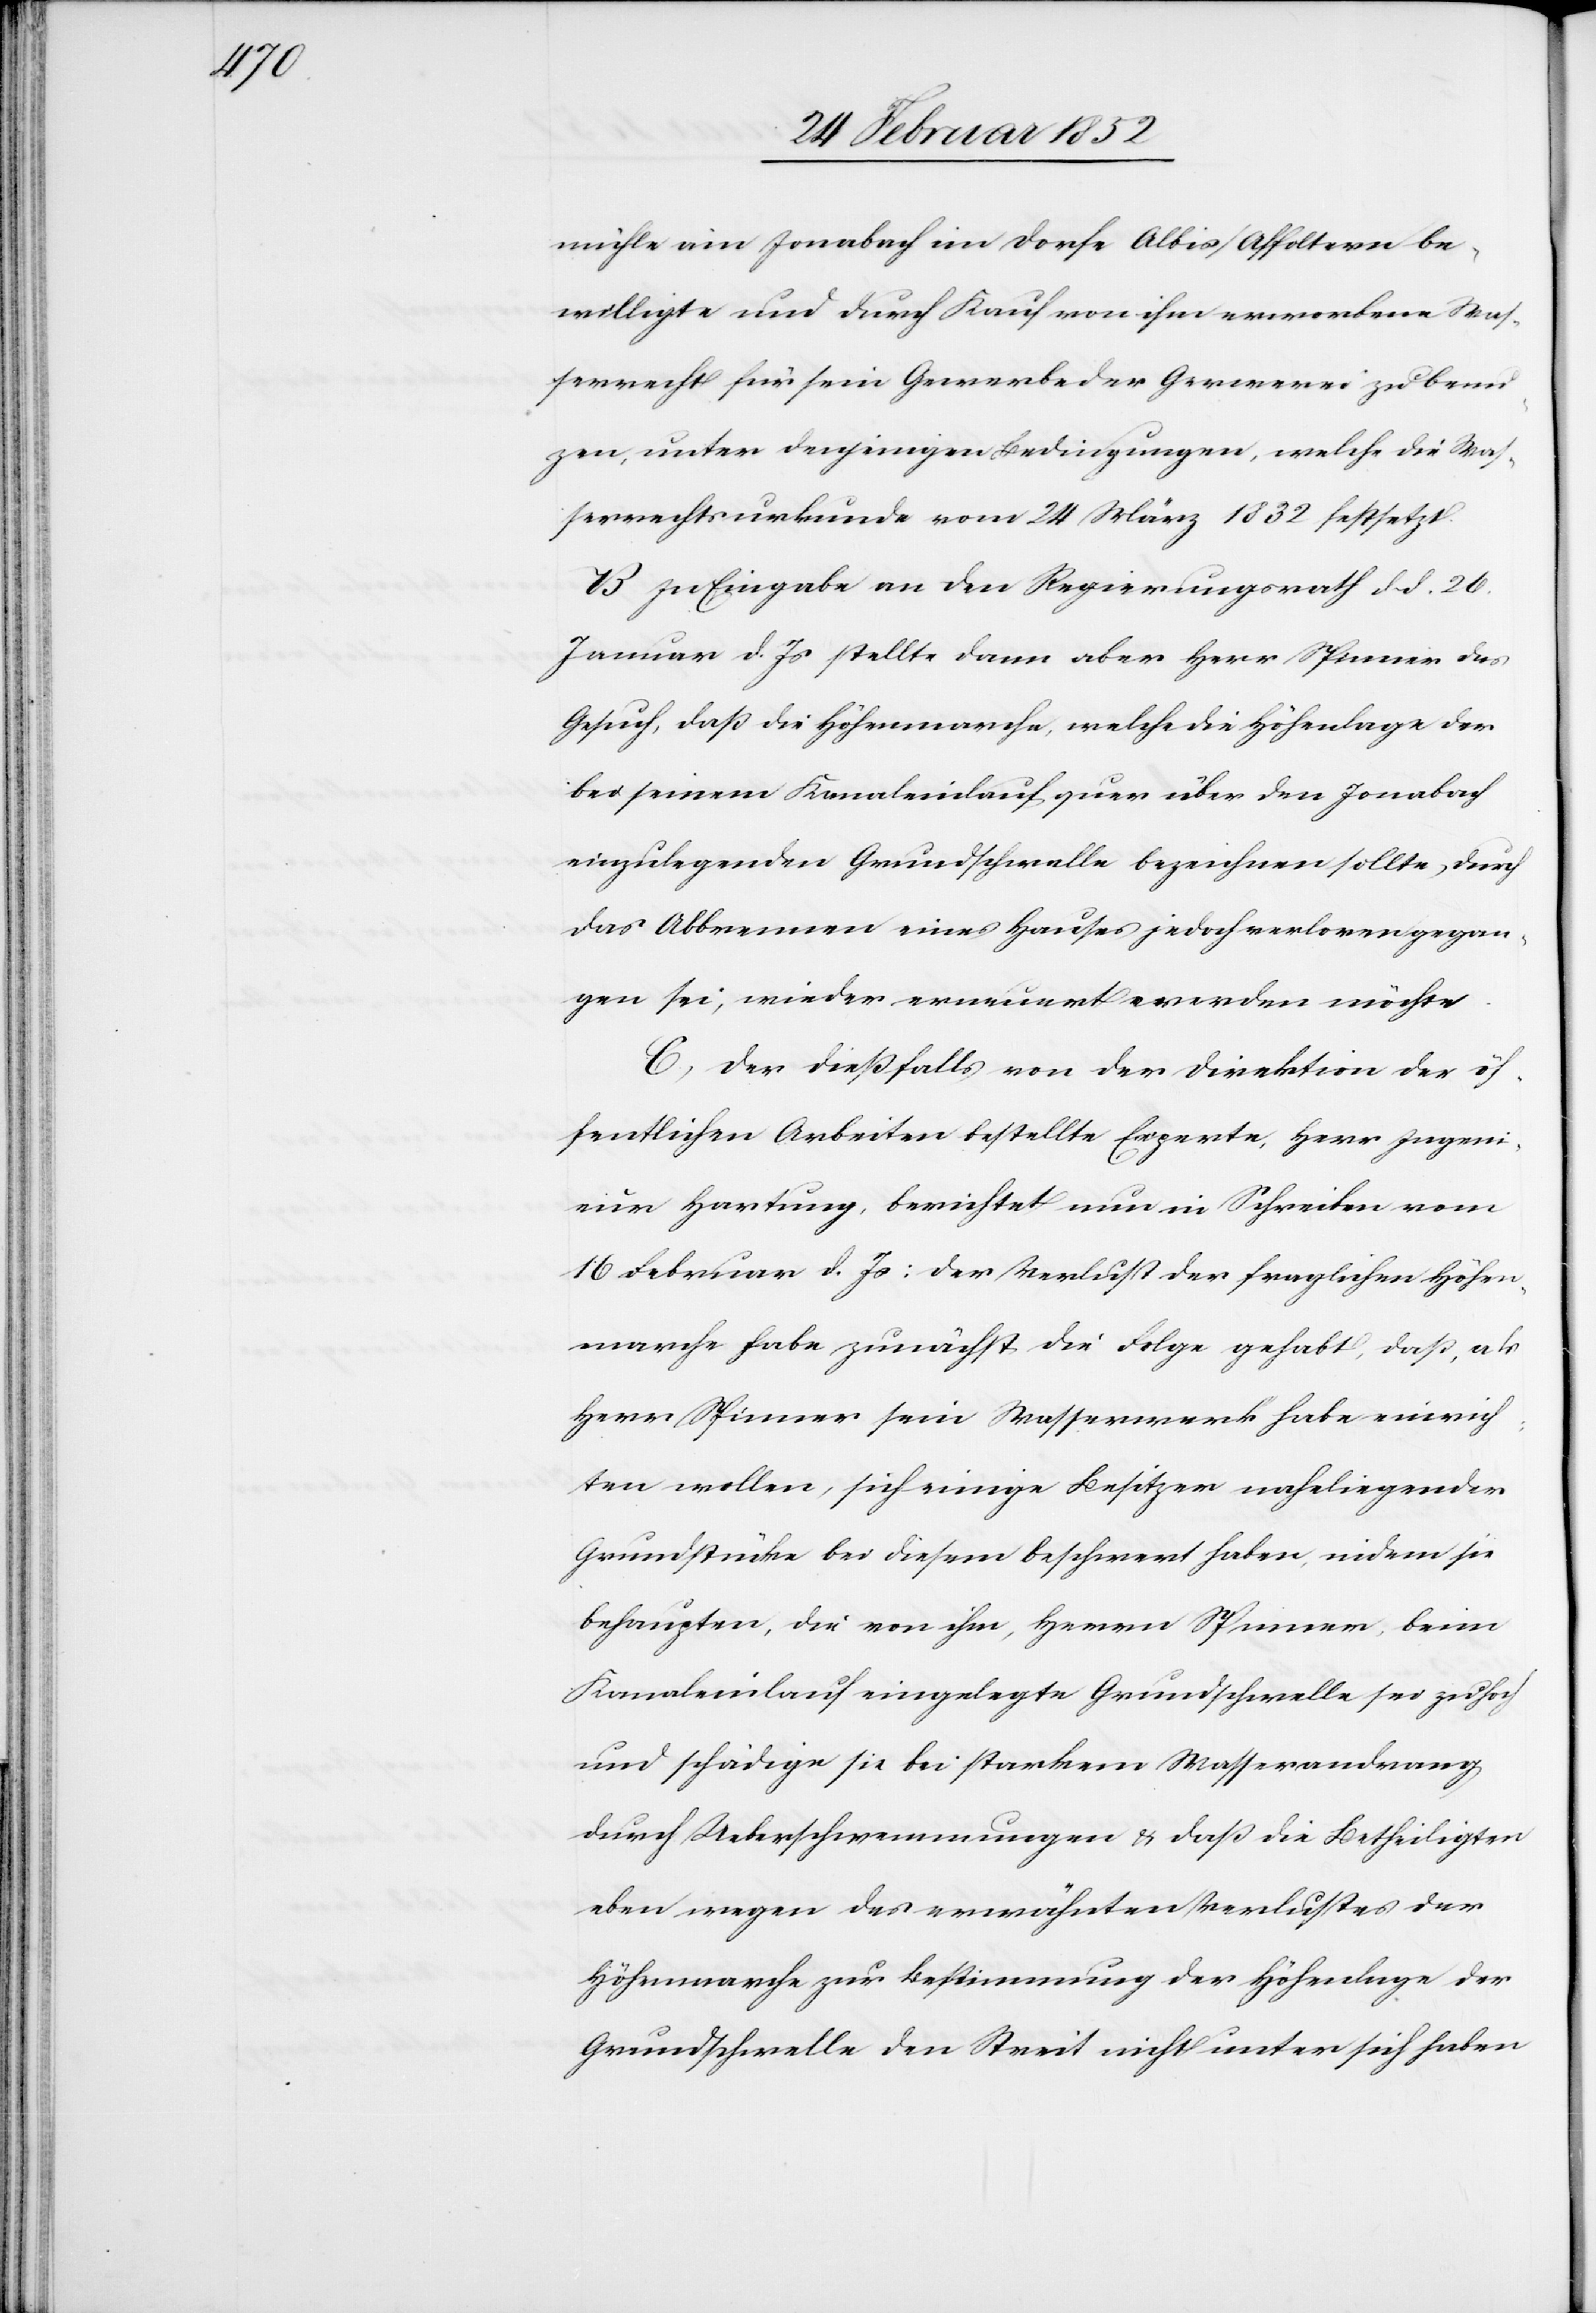
mühle im Jonabach im Dorfe Albis/Affoltern be¬
willigte und durch Kauf von ihm erworbene Was¬
serrecht für sein Gewerbe der Gerwerei zu benu[t]z¬
en, unter denjenigen Bedingungen, welche die Was¬
serrechtsurkunde vom 24 März 1832 festsetzt.
B. In Eingabe an den Regierungsrath dd. 26.
Januar d. Js stellte dann aber Herr Spinner das
Gesuch, daß die Höhenmarche, welche die Höhenlage der
bei seinem Kanaleinlauf quer über den Jonabach
einzulegenden Grundschwelle bezeichnen sollte, durch
das Abbrennen eines Hauses jedoch verloren gegan¬
gen sei, wieder erneuert werden möchte.
C) Der dießfalls von der Direktion der öf¬
fentlichen Arbeiten bestellte Experte, Herr Ingeni¬
eur Hartung, berichtet nun ein Schreiben vom
16 Februar d. Js: der Verlust der fraglichen Höhen¬
marche habe zunächst die Folge gehabt, daß als
Herr Spinner sein Wasserwerk habe einrich¬
ten wollen, sich einige Besitzer naheliegender
Grundstücke bei diesem beschwert haben, indem sie
behaupten, die von ihm, Herrn Spinner, beim
Kanaleinlauf eingelegte Grundschwelle sei zu hoch
und schädige sie bei starkem Wasserandrang
durch Ueberschwemmungen u. daß die Betheiligten
eben wegen des erwähnten Verlustes der
Höhenmarche zur Bestimmung der Höhenlage der
Grundschwelle den Streit nicht unter sich haben